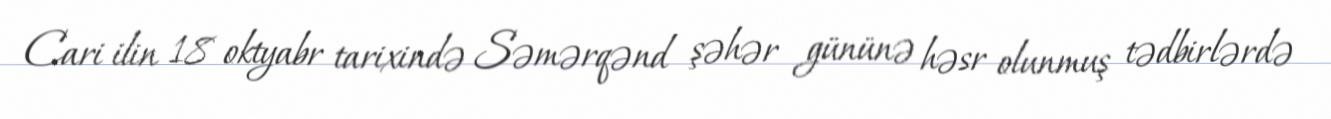
Cari ilin 18 oktyabr tarixində Səmərqənd şəhər gününə həsr olunmuş tədbirlərdə